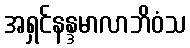
အရှင်နန္ဒမာလာဘိဝံသ